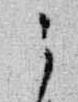
之